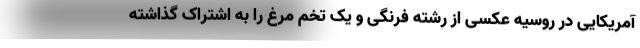
آمریکایی در روسیه عکسی از رشته فرنگی و یک تخم مرغ را به اشتراک گذاشته